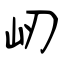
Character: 屻